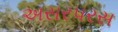
અસરપરસ